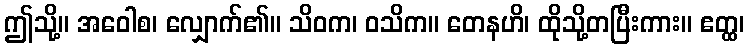
ဤသို့။ အဝေါစ၊ လျှောက်၏။ သိဝက၊ ဝသိက။ တေနဟိ၊ ထိုသို့တပြီးကား။ ဧတ္ထ၊